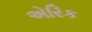
એરિક